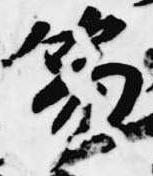
笏